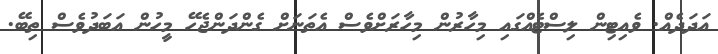
އަދަދެއް. ވެއިޓިން ލިސްޓެއްގައި މިހާރުން މިހާރަށްވެސް އެތަނަށް ގެންދަންޖެހޭ މީހުން އަބަދުވެސް ތިބޭ.